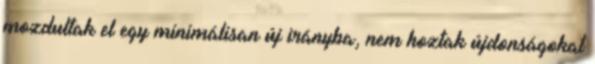
mozdultak el egy minimálisan új irányba, nem hoztak újdonságokat